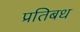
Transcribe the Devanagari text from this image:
प्रतिबध